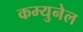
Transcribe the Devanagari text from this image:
कम्युनेल